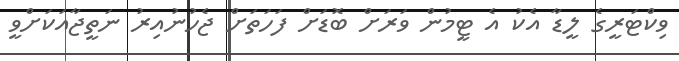
ވިކްޓަރީގެ ލީޑާ އެކު އެ ޓީމުން ވަރަށް ބޮޑަށް ފަހަތަށް ޖެހުނުއިރު ނަތީޖާއަކަށްވީ